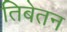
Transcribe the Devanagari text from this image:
तिबेतन